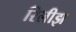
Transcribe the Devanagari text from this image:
रिलीझ